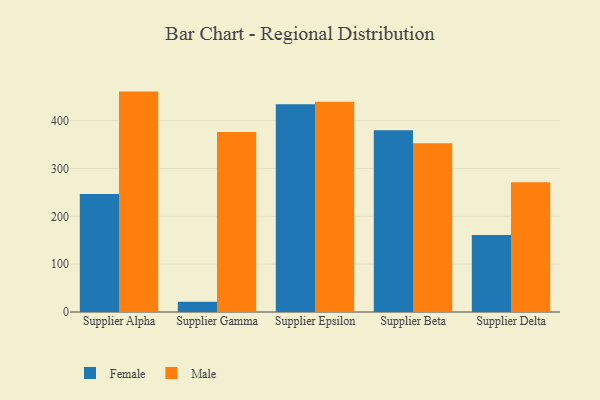
{"axis": {"x": "Supplier", "y": "LTV (USD)"}, "legend": ["Female", "Male"], "data": [{"x": "Supplier Alpha", "y": 246.6, "type": "Female"}, {"x": "Supplier Alpha", "y": 460.8, "type": "Male"}, {"x": "Supplier Gamma", "y": 21.4, "type": "Female"}, {"x": "Supplier Gamma", "y": 376.5, "type": "Male"}, {"x": "Supplier Epsilon", "y": 434.4, "type": "Female"}, {"x": "Supplier Epsilon", "y": 439.7, "type": "Male"}, {"x": "Supplier Beta", "y": 380.2, "type": "Female"}, {"x": "Supplier Beta", "y": 352.6, "type": "Male"}, {"x": "Supplier Delta", "y": 160.8, "type": "Female"}, {"x": "Supplier Delta", "y": 271.1, "type": "Male"}]}